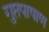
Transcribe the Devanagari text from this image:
गुप्तपाषाण